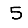
Digit: 5